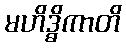
မဟိဒ္ဓိကာတိ